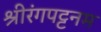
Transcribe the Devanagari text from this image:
श्रीरंगपट्टनम